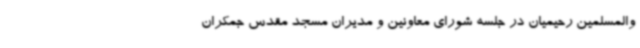
والمسلمین رحیمیان در جلسه شورای معاونین و مدیران مسجد مقدس جمکران